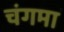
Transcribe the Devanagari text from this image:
चंगमा